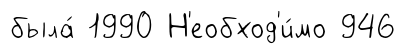
была́ 1990 Н'еобход'и́мо 946